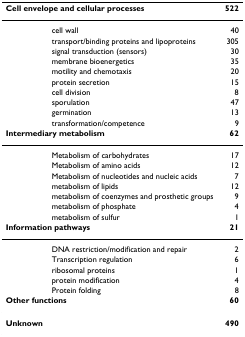
<table><thead><tr><td colspan="2"><b>Cell envelope and cellular processes</b></td><td><b>522</b></td></tr></thead><tbody><tr><td></td><td>cell wall</td><td>40</td></tr><tr><td></td><td>transport/binding proteins and lipoproteins</td><td>305</td></tr><tr><td></td><td>signal transduction (sensors)</td><td>30</td></tr><tr><td></td><td>membrane bioenergetics</td><td>35</td></tr><tr><td></td><td>motility and chemotaxis</td><td>20</td></tr><tr><td></td><td>protein secretion</td><td>15</td></tr><tr><td></td><td>cell division</td><td>8</td></tr><tr><td></td><td>sporulation</td><td>47</td></tr><tr><td></td><td>germination</td><td>13</td></tr><tr><td></td><td>transformation/competence</td><td>9</td></tr><tr><td colspan="2"><b>Intermediary metabolism</b></td><td><b>62</b></td></tr><tr><td></td><td>Metabolism of carbohydrates</td><td>17</td></tr><tr><td></td><td>Metabolism of amino acids</td><td>12</td></tr><tr><td></td><td>Metabolism of nucleotides and nucleic acids</td><td>7</td></tr><tr><td></td><td>metabolism of lipids</td><td>12</td></tr><tr><td></td><td>metabolism of coenzymes and prosthetic groups</td><td>9</td></tr><tr><td></td><td>metabolism of phosphate</td><td>4</td></tr><tr><td></td><td>metabolism of sulfur</td><td>1</td></tr><tr><td colspan="2"><b>Information pathways</b></td><td><b>21</b></td></tr><tr><td></td><td>DNA restriction/modification and repair</td><td>2</td></tr><tr><td></td><td>Transcription regulation</td><td>6</td></tr><tr><td></td><td>ribosomal proteins</td><td>1</td></tr><tr><td></td><td>protein modification</td><td>4</td></tr><tr><td></td><td>Protein folding</td><td>8</td></tr><tr><td colspan="2"><b>Other functions</b></td><td><b>60</b></td></tr><tr><td><b>Unknown</b></td><td></td><td><b>490</b></td></tr></tbody></table>